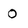
Character: 0